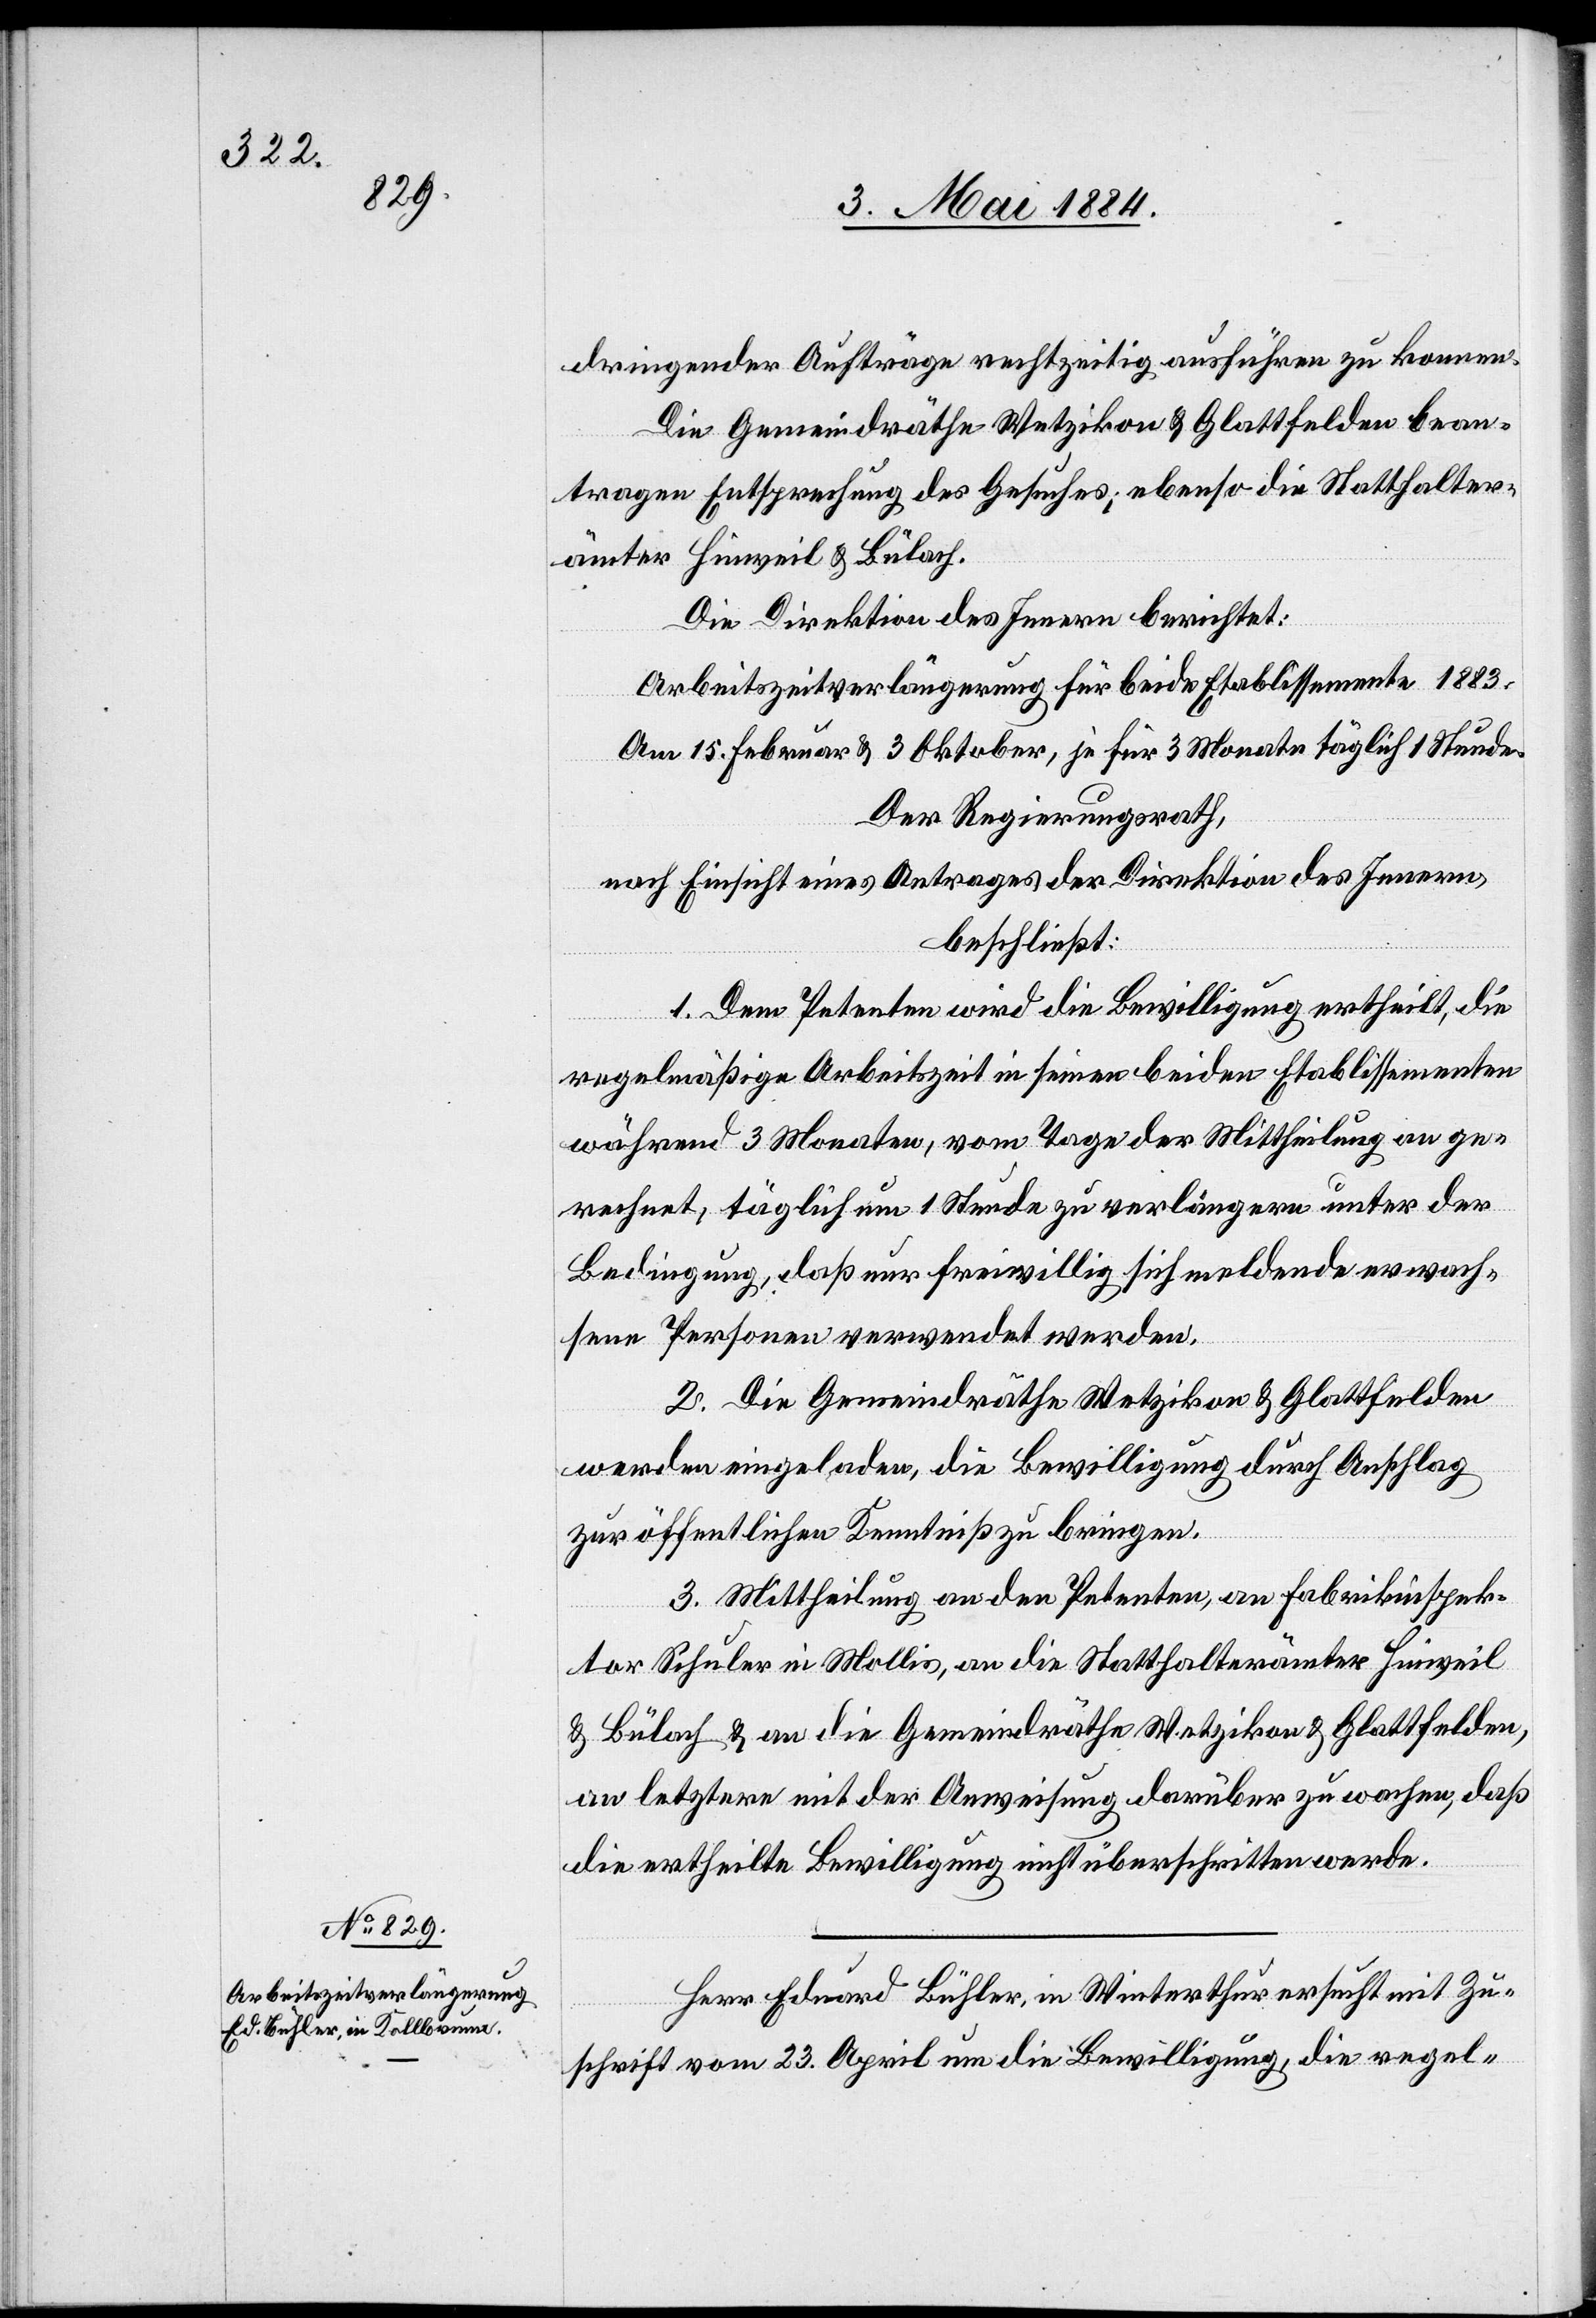
dringender Aufträge rechtzeitig ausführen zu konnen
Die Gemeindräthe Wetzikon & Glattfelden bean¬
tragen Entsprechung des Gesuches, ebenso die Statthalter¬
ämter Hinweil & Bülach.
Die Direktion des Innern berichtet:
Arbeitszeitverlängerung für beide Etablissemente 1883.
Am 15. Februar & 3. Oktober, je für 3 Monate täglich 1 Stunde.
Der Regierungsrath,
nach Einsicht eines Antrages der Direktion des Innern,
beschließt:
1. Dem Petenten wird die Bewilligung ertheilt, die
regelmäßige Arbeitszeit in seinen beiden Etablissementen
während 3 Monaten, vom Tage der Mitteilung an ge¬
rechnet, täglich um 1 Stunde zu verlängern unter der
Bedingung, daß nur freiwillig sich meldende erwach¬
sene Personen verwendet werden.
2. Die Gemeindräthe Wetzikon & Glattfelden
werden eingeladen, die Bewilligung durch Anschlag
zu öffentlichen Kenntniß zu bringen.
3. Mittheilung an den Petenten, an Fabrikinspek¬
tor Schuler in Mollis, an die Statthalterämter Hinweil
& Bülach & an die Gemeindräthe Wetzikon & Glattfelden,
an letztere mit der Anweisung darüber zu wachen, daß
die ertheilte Bewilligung nicht überschritten werde.
Herr Eduard Bühler, in Winterthur ersucht mit Zu¬
schrift vom 23. April um die Bewilligung, die regel-